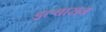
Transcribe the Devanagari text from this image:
इल्बासन